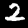
Label: 2